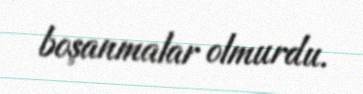
boşanmalar olmurdu.